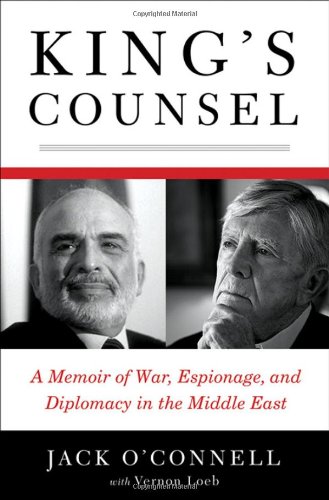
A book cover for King's Counsel: A Memoir of War, Espionage, and Diplomacy in the Middle East; Jack O'Connell; History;